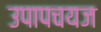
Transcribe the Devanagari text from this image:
उपापचयज